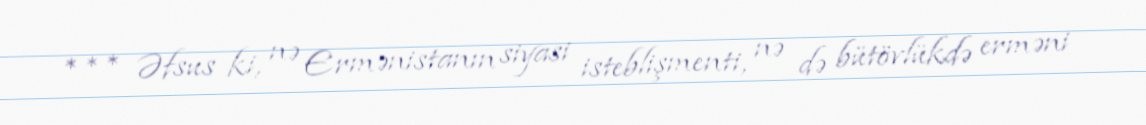
*** Əfsus ki, nə Ermənistanın siyasi isteblişmenti, nə də bütövlükdə erməni